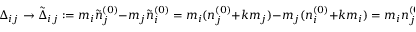
\Delta _ { i j } \to \tilde { \Delta } _ { i j } : = m _ { i } \tilde { n } _ { j } ^ { ( 0 ) } - m _ { j } \tilde { n } _ { i } ^ { ( 0 ) } = m _ { i } ( n _ { j } ^ { ( 0 ) } + k m _ { j } ) - m _ { j } ( n _ { i } ^ { ( 0 ) } + k m _ { i } ) = m _ { i } n _ { j } ^ { ( 0 ) } - m _ { j } n _ { i } ^ { ( 0 ) } = \Delta _ { i j } \; ,